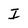
Character: I